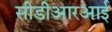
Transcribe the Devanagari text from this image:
सीडीआरआई